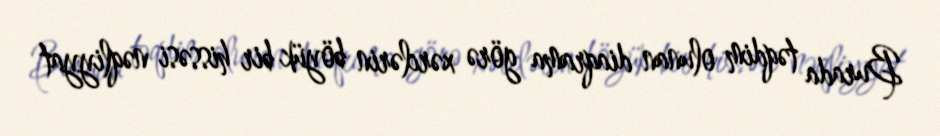
Burada təqdim olunan diaqrama görə xərclərin böyük bir hissəsi nəqliyyat